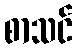
စာသင်